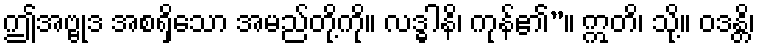
ဤအဗ္ဗုဒ အစရှိသော အမည်တို့ကို။ လဒ္ဓါနိ၊ ကုန်၏”။ ဣတိ၊ သို့။ ဝဒန္တိ၊